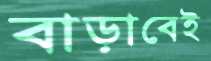
বাড়াবেই